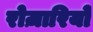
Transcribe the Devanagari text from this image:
रोज़ारियो